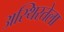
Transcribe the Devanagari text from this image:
अस्थिरतेला